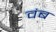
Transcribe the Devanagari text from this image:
वंब